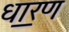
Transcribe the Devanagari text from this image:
धार॒ण